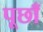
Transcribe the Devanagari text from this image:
पूछाँ